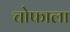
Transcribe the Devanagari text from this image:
चोफाला